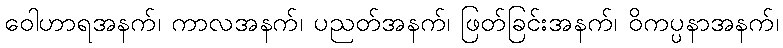
ဝေါဟာရအနက်၊ ကာလအနက်၊ ပညတ်အနက်၊ ဖြတ်ခြင်းအနက်၊ ဝိကပ္ပနာအနက်၊